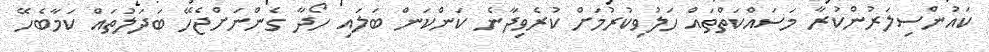
ކައުންސިލަރުންކުރާ މަސައްކަތްތައް ހަލުވިކުރުމަށް ކުރެވިދާނެ ކަންކަން ބަލައި ހޯދާ ގެންނަށްޖެހޭ ބަދަލުތައް ކަމާބެހޭ